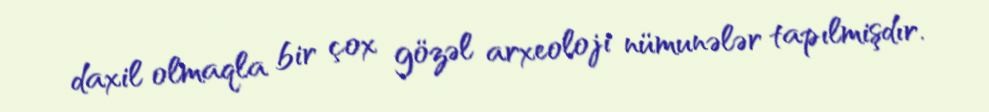
daxil olmaqla bir çox gözəl arxeoloji nümunələr tapılmişdır.